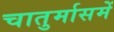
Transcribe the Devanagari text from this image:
चातुर्मासमें